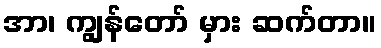
အာ၊ ကျွန်တော် မှား ဆက်တာ။